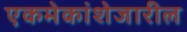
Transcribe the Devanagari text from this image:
एकमेकांशेजारील